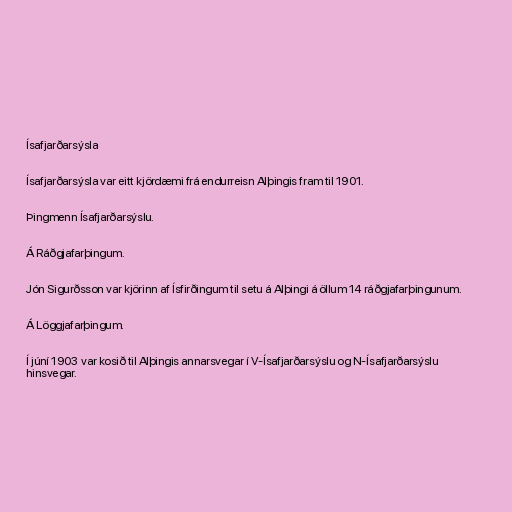
Ísafjarðarsýsla

Ísafjarðarsýsla var eitt kjördæmi frá endurreisn Alþingis fram til 1901.

Þingmenn Ísafjarðarsýslu.

Á Ráðgjafarþingum.

Jón Sigurðsson var kjörinn af Ísfirðingum til setu á Alþingi á öllum 14 ráðgjafarþingunum.

Á Löggjafarþingum.

Í júní 1903 var kosið til Alþingis annarsvegar í V-Ísafjarðarsýslu og N-Ísafjarðarsýslu
hinsvegar.